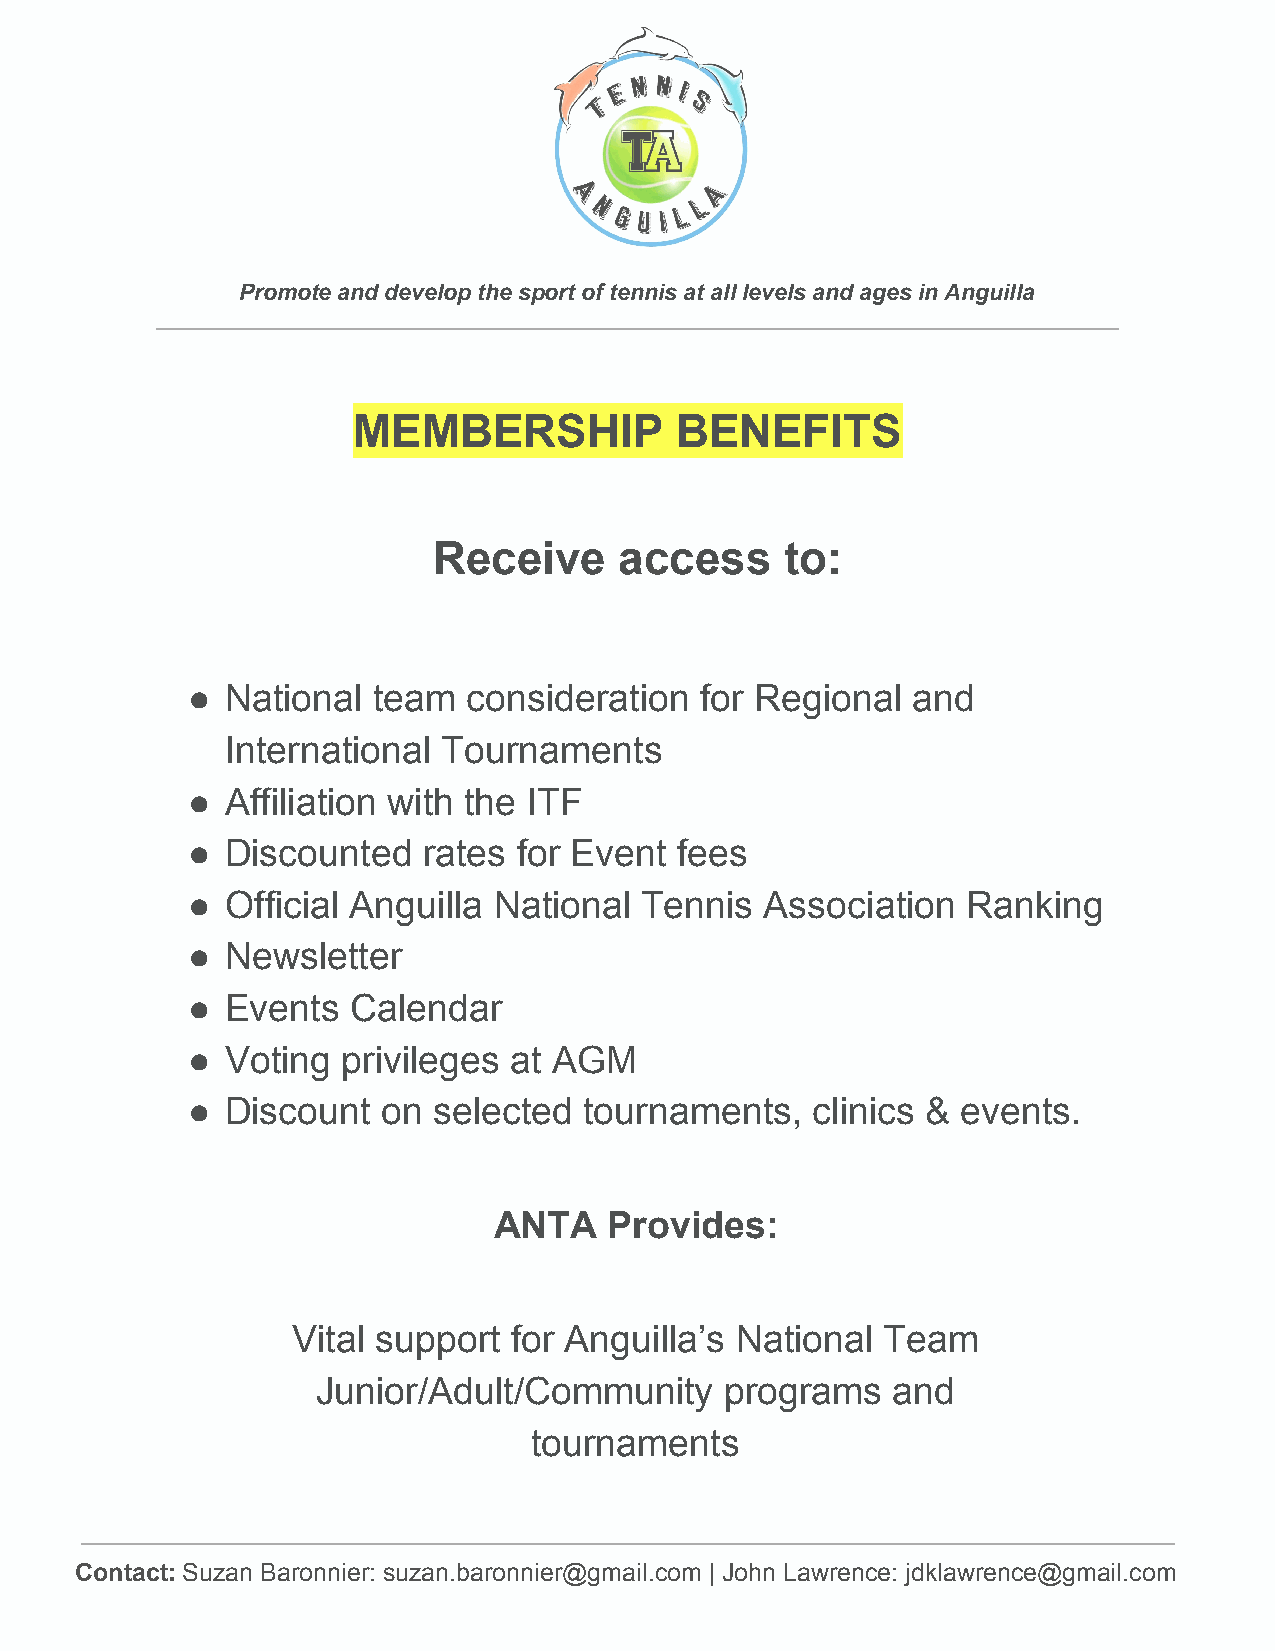
Promote and develop the sport of tennis at all levels and ages in Anguilla
 MEMBERSHIP            BENEFITS
 Receive     access     to:
 ●  National  team  consideration  for Regional  and
 International Tournaments
 ●  Affiliation with the ITF
 ●  Discounted   rates for Event  fees
 ●  Official Anguilla National Tennis   Association  Ranking
 ●  Newsletter
 ●  Events  Calendar
 ●  Voting  privileges at AGM
 ●  Discount  on  selected  tournaments,   clinics & events.
 ANTA   Provides:
 Vital support  for Anguilla’s National  Team
 Junior/Adult/Community     programs   and
 tournaments
 Contact: Suzan Baronnier: suzan.baronnier@gmail.com | John Lawrence: jdklawrence@gmail.com
 ​